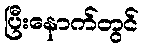
ပြီးနောက်တွင်